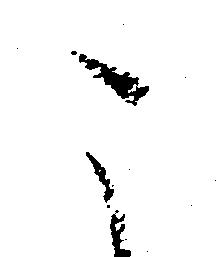
こ